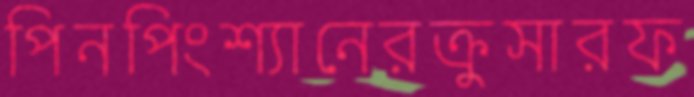
পিনপিংশ্যানেরক্রুসারফ